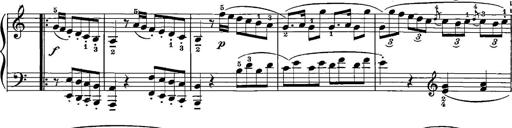
Title: 12 Sonatinas
Composer: Ignaz Pleyel